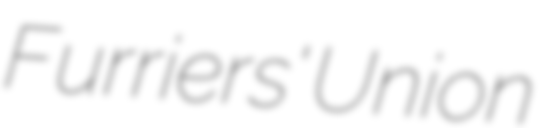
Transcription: Furriers' Union